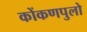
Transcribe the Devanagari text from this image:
कोंकणपुलो